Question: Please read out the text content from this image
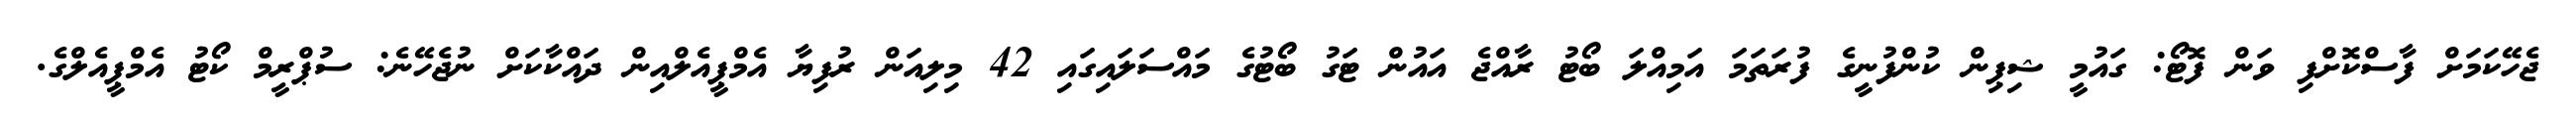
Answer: ޖެހޭކަމަށް ފާސްކޮށްފި ވަން ފޮޓޯ: ގައުމީ ޝިޕިން ކުންފުނީގެ ފުރަތަމަ އަމިއްލަ ބޯޓު ރާއްޖެ އައުން ޓަގު ބޯޓުގެ މައްސަލައިގައި 42 މިލިއަން ރުފިޔާ އެމްޕީއެލްއިން ދައްކާކަށް ނުޖެހޭނެ: ސުޕްރީމް ކޯޓު އެމްޕީއެލްގެ.